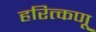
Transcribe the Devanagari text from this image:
हरित्कणू